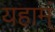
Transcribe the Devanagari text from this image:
यहाम्ं